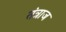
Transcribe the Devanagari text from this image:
तंत्राज